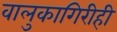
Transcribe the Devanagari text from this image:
वालुकागिरीही